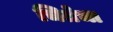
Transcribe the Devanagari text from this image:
चितेचा